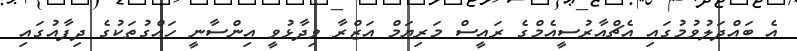
އެ ބައްދަލުވުމުގައި އެޗްއާރުސީއެމްގެ ރައީސް މަރިޔަމް އަޒްރާ ވިދާޅުވީ އިންސާނީ ހައްގުތަކުގެ ދިފާއުގައި